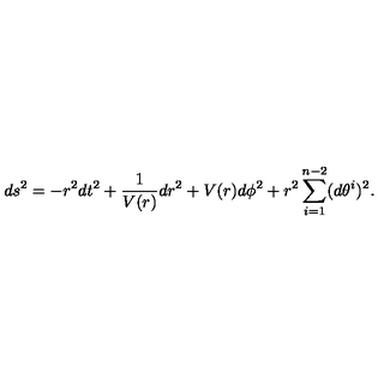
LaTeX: d s ^ { 2 } = - r ^ { 2 } d t ^ { 2 } + \frac { 1 } { V ( r ) } d r ^ { 2 } + V ( r ) d \phi ^ { 2 } + r ^ { 2 } \sum _ { i = 1 } ^ { n - 2 } ( d \theta ^ { i } ) ^ { 2 } .